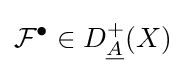
{\mathcal {F}}^{\bullet }\in D_{\underline {A}}^{+}(X)